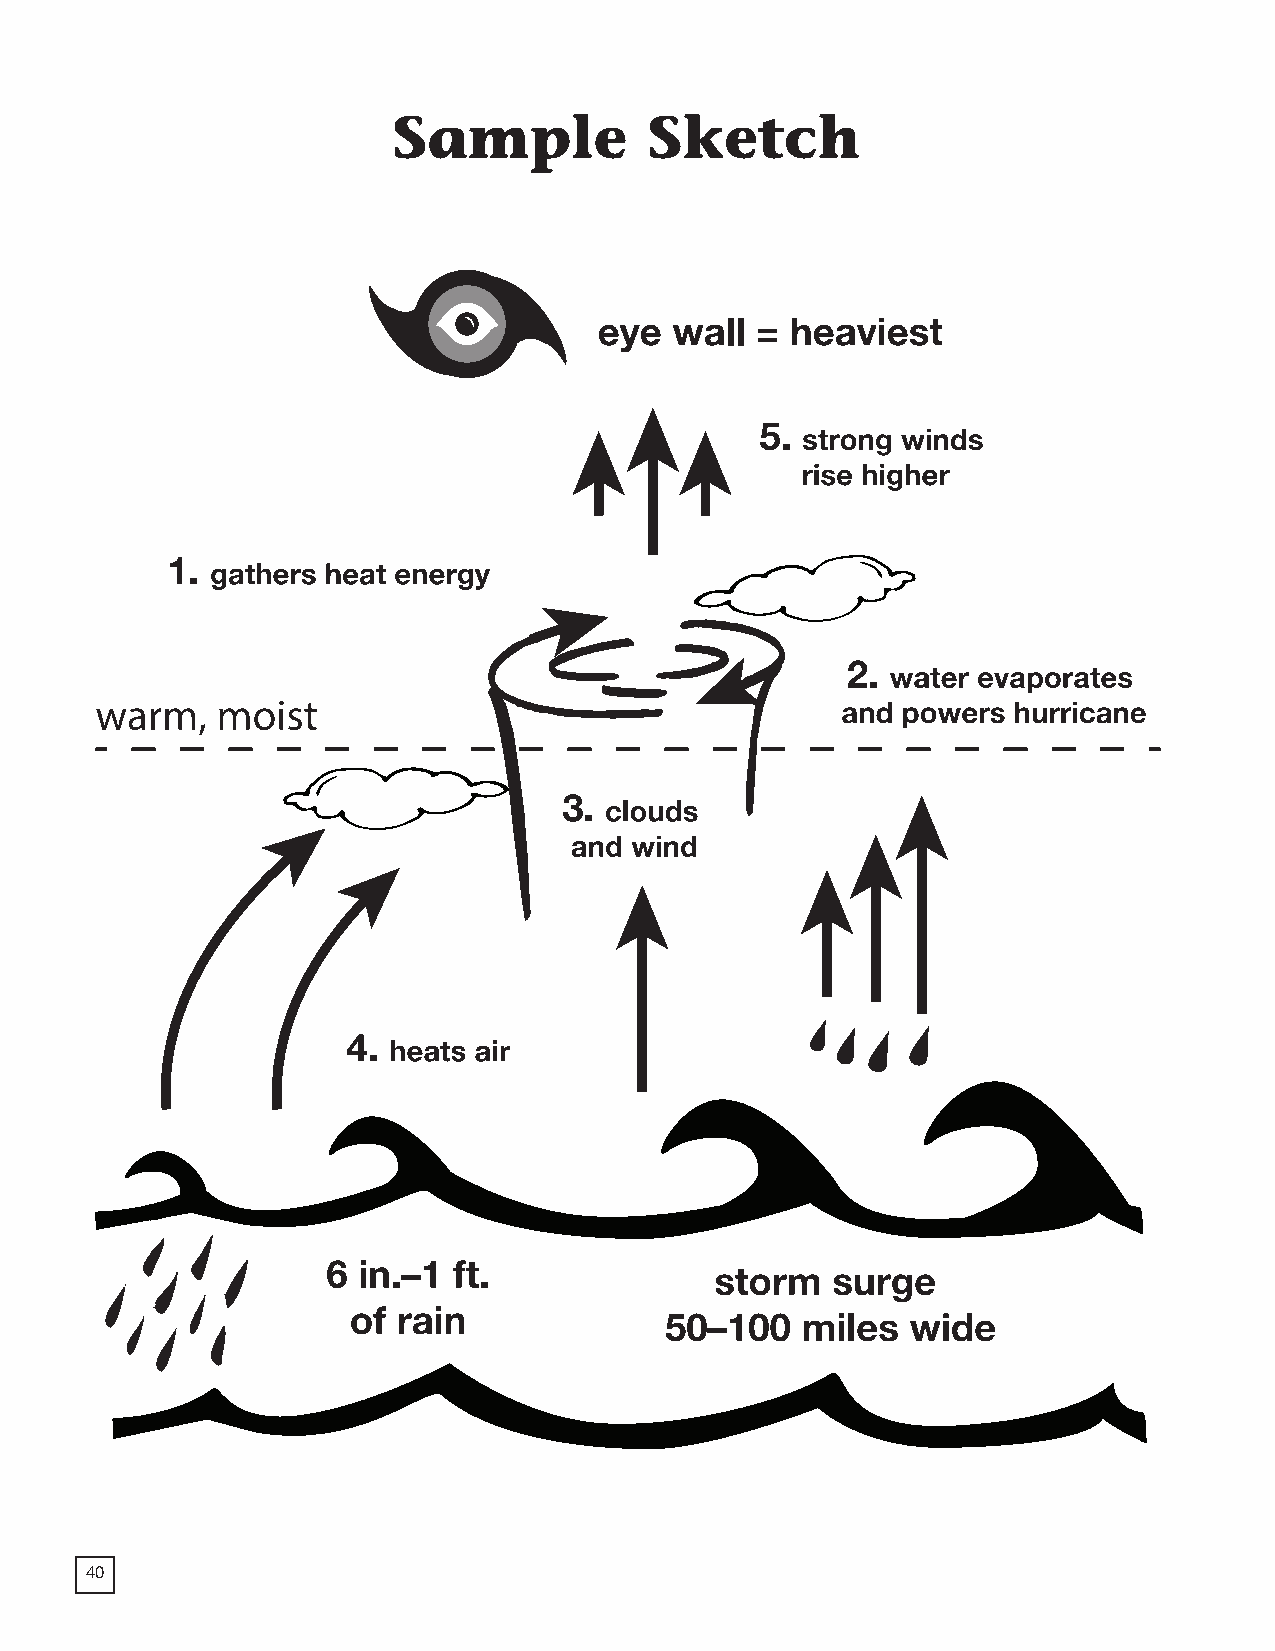
2018 ProdSamp_Layout 1 7/28/17 12:09 PM Page 158
 Reading Fundamentals Extreme Weather Grade 6 IRA Lesson 4: Sketching Supports Comprehension
 Appendix 1: “Sample Sketch”
 104
 40